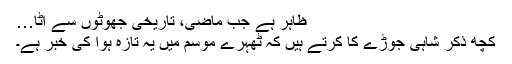
ظاہر ہے جب ماضی، تاریخی جھوٹوں سے اٹا…
کچھ ذکر شاہی جوڑے کا کرتے ہیں کہ ٹھہرے موسم میں یہ تازہ ہوا کی خبر ہے۔